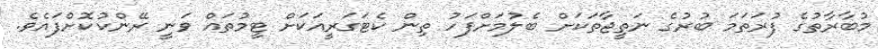
މުބާރާތުގެ ފުރަތަމަ ބުރުގެ ނަތީޖާތަކަށް ބެލުމަށްފަހު ތިން ކެޓަގަރީއަކަށް ޓީމުތައް ވަނީ ރޭންކުކޮށްފައެވެ.